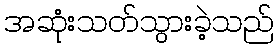
အဆုံးသတ်သွားခဲ့သည်